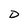
Character: D